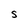
Character: S